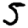
Digit: 5